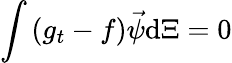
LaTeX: \int{(g_{t}-f)\vec{\psi}\mathrm{d}\Xi}=0